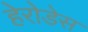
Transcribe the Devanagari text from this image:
हेरोडेस